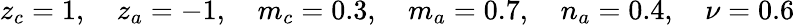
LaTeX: z_{c}=1,\quad z_{a}=-1,\quad m_{c}=0.3,\quad m_{a}=0.7,\quad n_{a}=0.4,\quad\nu=0.6